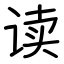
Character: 读